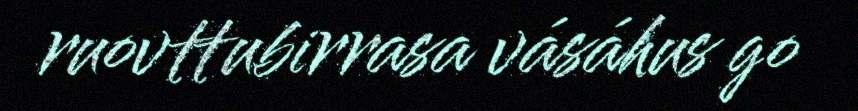
ruovttubirrasa vásáhus go